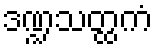
ဒဏ္ဍသတ္ထကံ